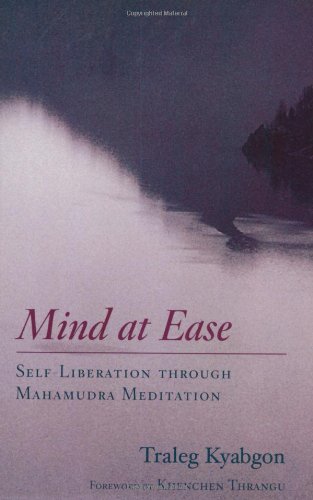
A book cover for Mind at Ease: Self-Liberation through Mahamudra Meditation; Traleg Kyabgon; Religion & Spirituality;